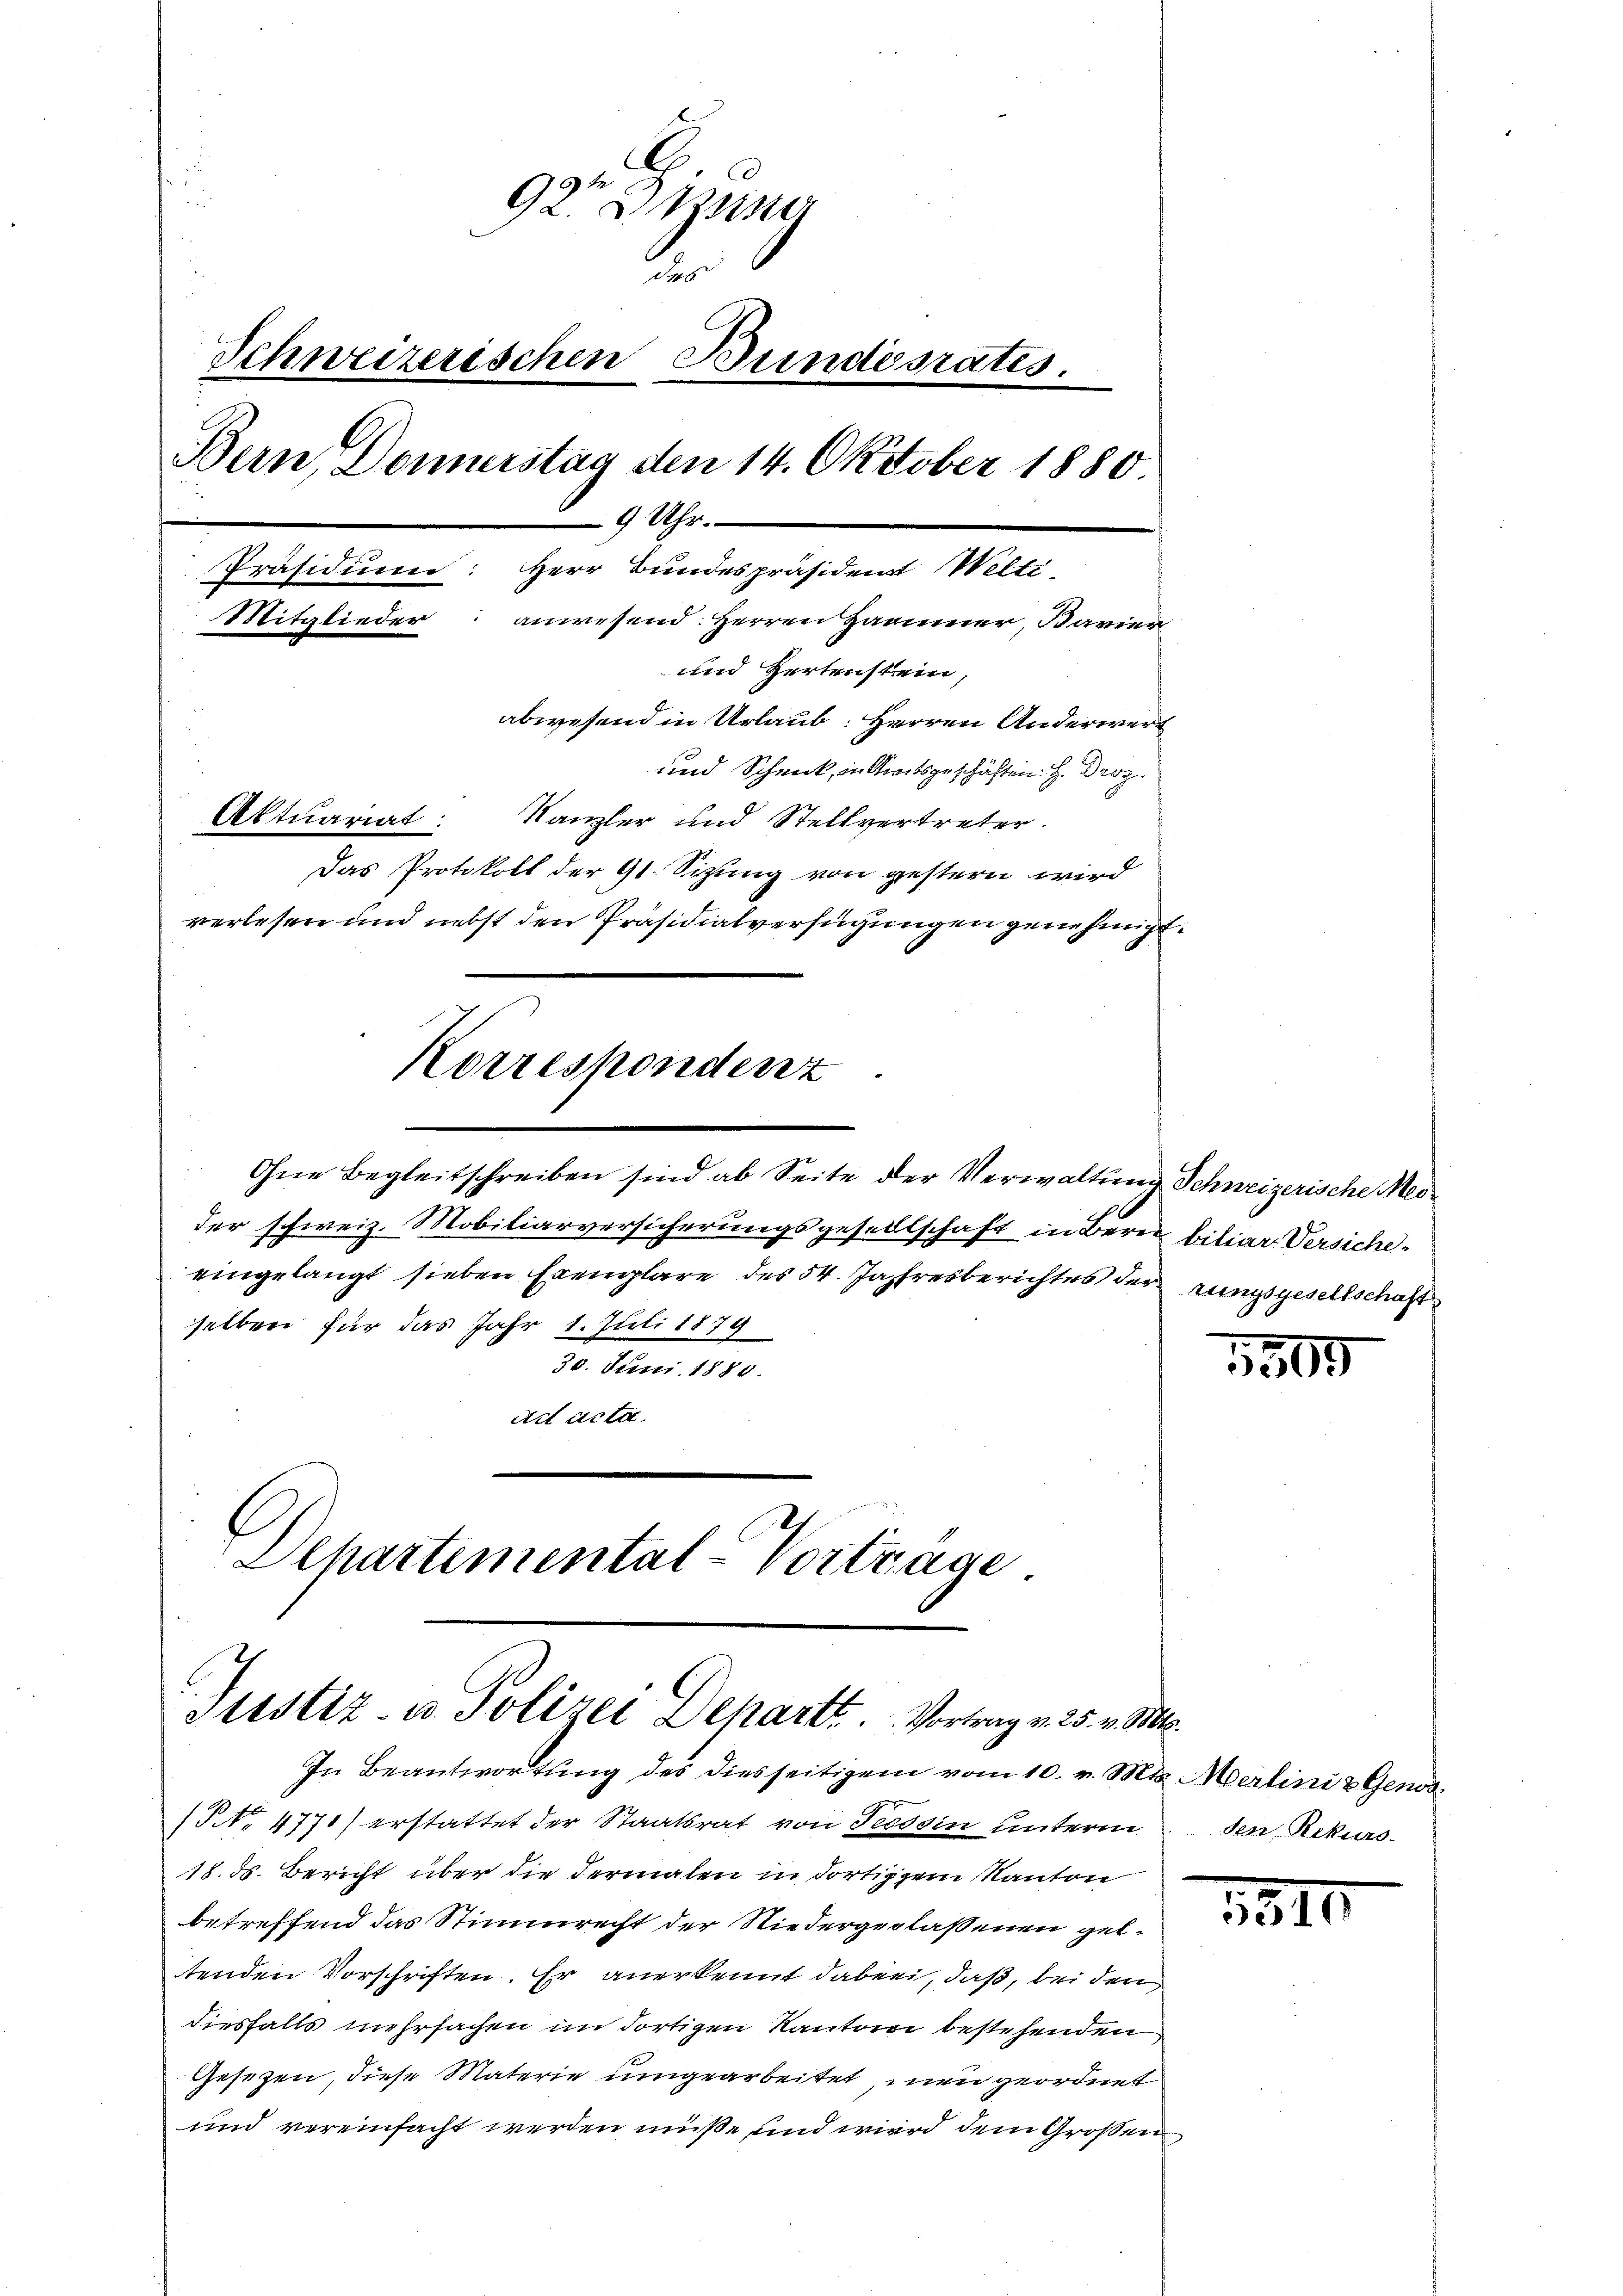
92r Bruner
der
Schweizerischen Bundesrates.
b
Bern, Donnerstag den 14. Oktober 1880.
9 Uhr.
Präsidium: Herr Bundespräsiden Welti
Mitglieder
anwesend: Herren Hammer, Bavier
und Hertenstein,
abwesend in Urlaub: Herren Anderwert
und Schmuck, in Streitsgeschäften. H. Droz.
Aktuariat: Kanzler und Stellvertreter.
Das Protokoll der 91. Sizung von gestern wird
verlesen und nebst den Präsidialverfügungen genehmigt.

der schweiz. Mobiliarversicherungsgesellschaft in Bern biliar Versiche
eingelangt sieben Exemplare des 54. Jahresberichtes der
selben für das Jahr 1. Juli 1879
30. Juni 1880.
ad acta.
Dehartemental-Vorträge

Korrespondenz
Ohne Begleitschreiben sind ab Seite der Verwaltung Schweizerische Mei¬

Justiz- u Polizei Departt. Vortrag v. 25. v. M.

zungsgesellschaft

In Beantwortung des diesseitigem vom 10. v. Mts. Merlini & Genos¬
NNo. 4770) erstattet der Staatsrat von Tessin unterm
18. ds. Bericht über die dermalen in dortigem Kanton
betreffend das Stimmrecht der Niedergerlassenen geltenden Vorschriften. Er anerkennt dabei, daß, bei den
diesfalls mehrsachen im dortigen Kanton bestehenden
Gesetzen, diese Materie umgearbeitet, men geordnet
und vereinfacht werden müße und wird dem Großen

1505

.
den Rekurs-

1810